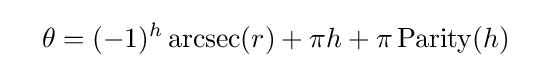
\quad \theta =(-1)^{h}\operatorname {arcsec} (r)+\pi h+\pi \operatorname {Parity} (h)\quad